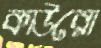
কাউরো